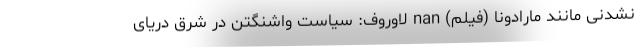
نشدنی مانند مارادونا (فیلم) nan لاوروف: سیاست واشنگتن در شرق دریای